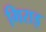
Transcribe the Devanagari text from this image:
गिराइ